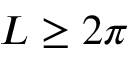
L \ge 2 \pi